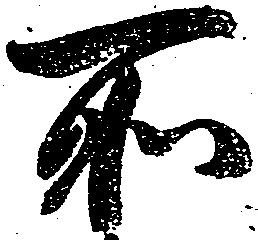
所